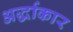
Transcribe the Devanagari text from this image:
अर्द्धाकार